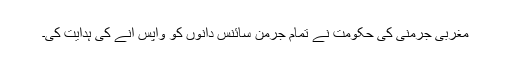
مغربی جرمنی کی حکومت نے تمام جرمن سائنس دانوں کو واپس آنے کی ہدایت کی۔